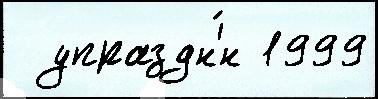
  упраздн'́н 1999